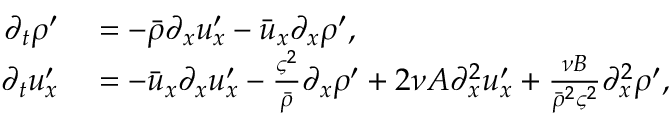
\begin{array} { r l } { \partial _ { t } \rho ^ { \prime } } & { { } = - \bar { \rho } \partial _ { x } u _ { x } ^ { \prime } - \bar { u } _ { x } \partial _ { x } \rho ^ { \prime } , } \\ { \partial _ { t } u _ { x } ^ { \prime } } & { { } = - \bar { u } _ { x } \partial _ { x } u _ { x } ^ { \prime } - \frac { \varsigma ^ { 2 } } { \bar { \rho } } \partial _ { x } \rho ^ { \prime } + 2 \nu A \partial _ { x } ^ { 2 } u _ { x } ^ { \prime } + \frac { \nu B } { \bar { \rho } ^ { 2 } \varsigma ^ { 2 } } \partial _ { x } ^ { 2 } \rho ^ { \prime } , } \end{array}